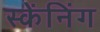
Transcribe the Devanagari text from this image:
स्केंनिंग